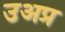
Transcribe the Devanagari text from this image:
उअप्र